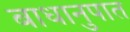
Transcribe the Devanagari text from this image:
बाधानुपात